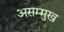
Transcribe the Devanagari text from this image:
असम्मुख